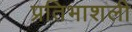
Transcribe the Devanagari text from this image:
प्रतिभाशली